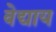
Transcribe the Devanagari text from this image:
वेद्याय